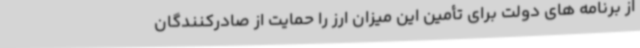
از برنامه های دولت برای تأمین این میزان ارز را حمایت از صادرکنندگان